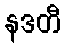
နဒတီ